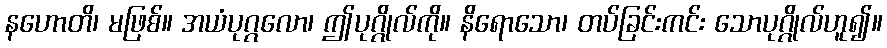
နဟောတိ၊ မဖြစ်။ အယံပုဂ္ဂလော၊ ဤပုဂ္ဂိုလ်ကို။ နိရောသော၊ တပ်ခြင်းကင်း သောပုဂ္ဂိုလ်ဟူ၍။